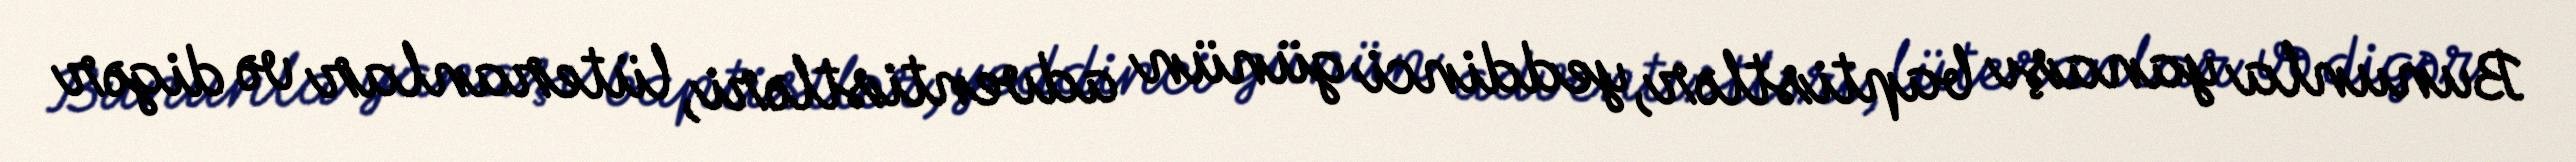
Bununla yanaşı baptistlər, yeddinci günün adventistləri, lüteranlar və digər